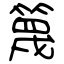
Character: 篾